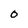
Character: 0